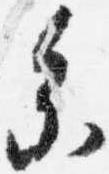
参